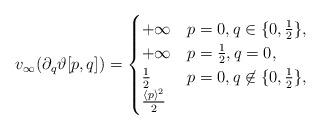
LaTeX: \begin{align*}v_\infty(\partial_q\vartheta[p,q])=\begin{cases}+\infty & p=0, q \in \{ 0, \frac{1}{2} \}, \\+\infty & p=\frac{1}{2}, q=0, \\ \frac{1}{2} & p=0, q \not\in \{ 0, \frac{1}{2} \}, \\\frac{\langle p\rangle^2}{2} & \end{cases}\end{align*}